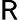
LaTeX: \textsf{R}